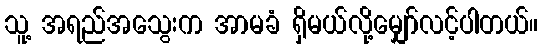
သူ့ အရည်အသွေးက အာမခံ ရှိမယ်လို့မျှော်လင့်ပါတယ်။